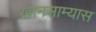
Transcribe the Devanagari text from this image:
खानसाम्यास